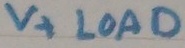
Text: V+ LOAD